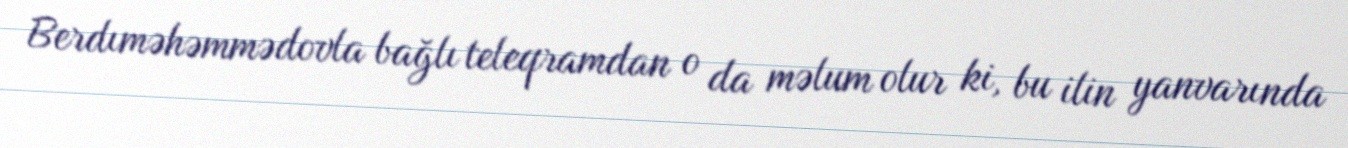
Berdıməhəmmədovla bağlı teleqramdan o da məlum olur ki, bu ilin yanvarında